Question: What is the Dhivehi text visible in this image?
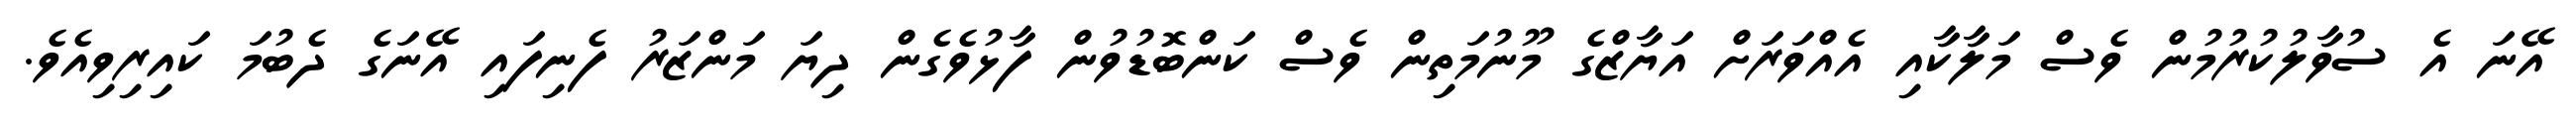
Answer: އޭނަ އެ ސުވާލުކުރުމުން ވެސް މަލާކާއި އެއްވަރަށް އަޔާޒްގެ މޫނުމަތިން ވެސް ކަންބޮޑުވުން ފާޅުވެގެން ދިޔަ މަންޒަރު ފެނިފައި އޭނަގެ ދެބުމަ ކައިރިވިއެވެ.